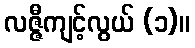
လဇ္ဇီကျင့်လွယ် (၁)။